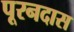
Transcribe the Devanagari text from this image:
पूरनदास